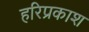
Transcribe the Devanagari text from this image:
हरिप्रकाश